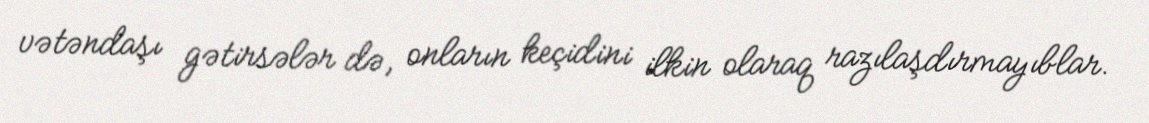
vətəndaşı gətirsələr də, onların keçidini ilkin olaraq razılaşdırmayıblar.